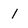
Character: 1